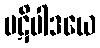
ပဋိပါဒယေ